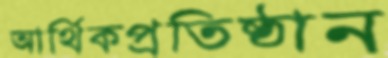
আর্থিকপ্রতিষ্ঠান